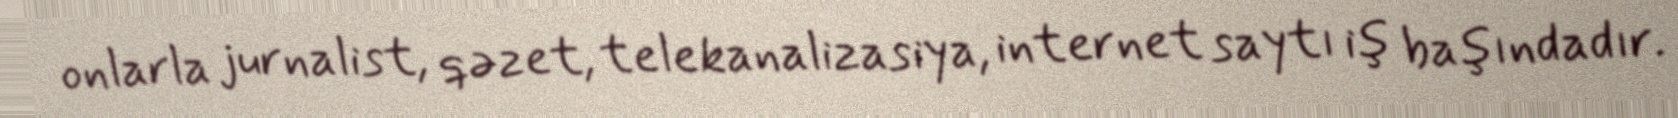
onlarla jurnalist, qəzet, telekanalizasiya, internet saytı iş başındadır.